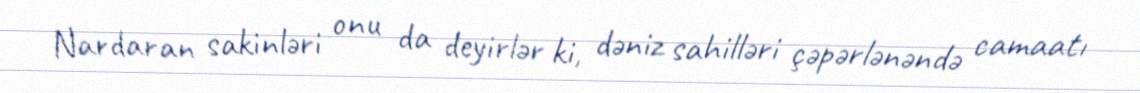
Nardaran sakinləri onu da deyirlər ki, dəniz sahilləri çəpərlənəndə camaatı